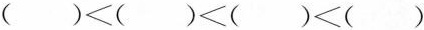
()<()<()<()